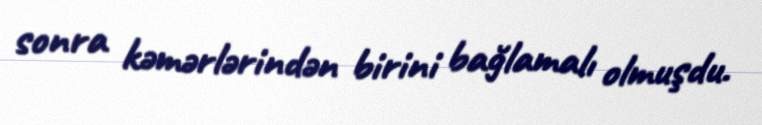
sonra kəmərlərindən birini bağlamalı olmuşdu.